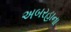
અબરહાના